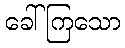
ခေါ်ကြသော